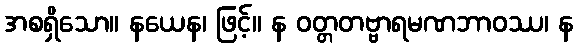
အစရှိသော။ နယေန၊ ဖြင့်။ န ဝတ္တတဗ္ဗာရမဏဘာဝဿ၊ န